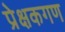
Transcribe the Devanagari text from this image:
प्रेक्षकगण